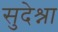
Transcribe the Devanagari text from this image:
सुदेश्ना